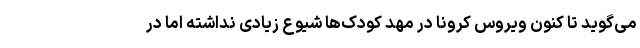
می‌گوید تا کنون ویروس کرونا در مهد کودک‌ها شیوع زیادی نداشته اما در